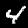
Label: 4